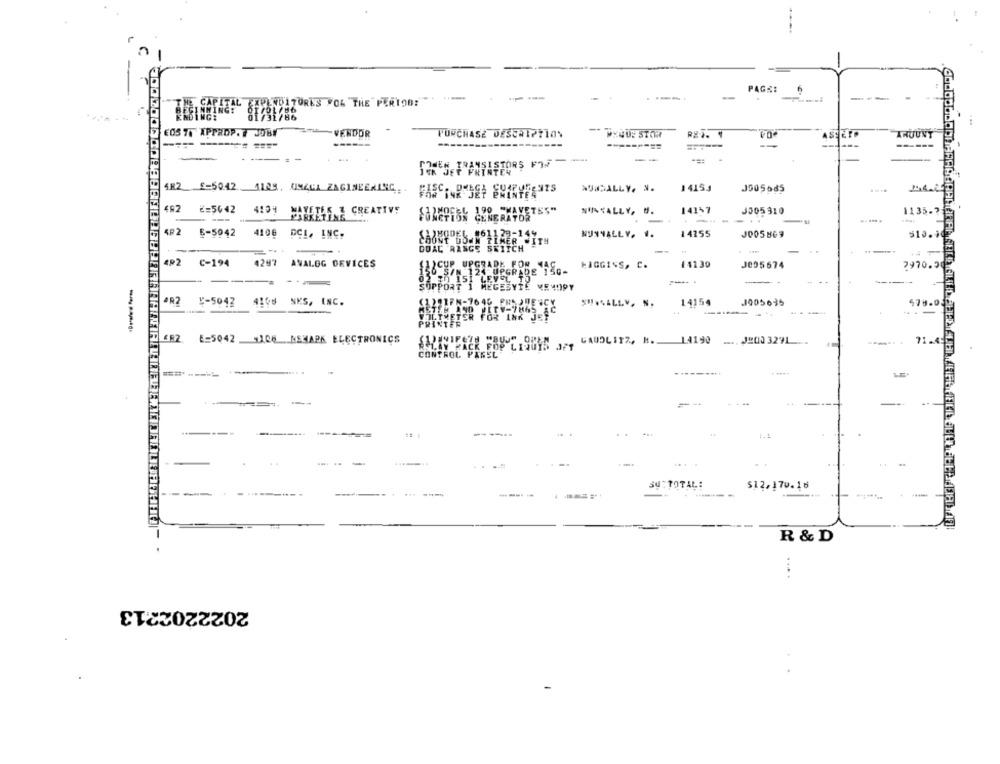
PAGE:
-.
--
-
---
EXPENDITURES FOL THE PERIOD:
EOS 7. XPPROP. 7 JOB1
VENDOR
PURCHASE DESCRIPTION
PHQUE STOR
INUU
------
---
-
--.
--
-
COMEN TRANSISTORS FYN"
INK JET PRINTER
482 0-5042 1124, UMAHA ZAGINEERING
14153
J905685
492 ¿= 5642
4134 MAVETEK & CREATIVE
190 -MAYETES"
NUNNALLY, M.
14157
J505310
1135 -?
FUMETTON GENERATOR
492 B-5042 4106 DCI, INC.
SP2
NUNNALLY. 1.
14255
J005 869
519.3
=...
DOAL RANCE SKITCH
-
492
C-194
4297 ANALOG DEVICES
(I)CUP UPGRADE FOR MAC
HIGGINS, C.
11130
J095 674
7970.
...
-
LE MEIOPY
AR2
5-5942
4196 NKS, INC.
1221FN-7646 PRAJDENCY
14154
J005635
478.
44
PRINTER
--
FF2 0-5047 9106 MSKAPA ELECTRONICS
RELAY KACK POP L130YS 3", CAUBLITZ, M. LA190 -.. JEGQ 3271 .
...
71.45
CONTROL PANEL
----
.......
. .
SU TOTAL:
$12.170.16
-
----
----
R & D
... .
2022202213